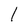
Character: l